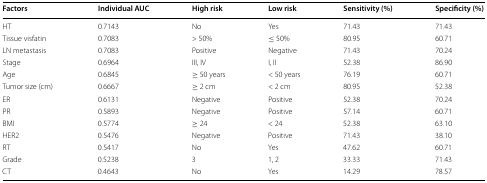
<table><thead><tr><td><b>Factors</b></td><td><b>Individual AUC</b></td><td><b>High risk</b></td><td><b>Low risk</b></td><td><b>Sensitivity (%)</b></td><td><b>Specificity (%)</b></td></tr></thead><tbody><tr><td>HT</td><td>0.7143</td><td>No</td><td>Yes</td><td>71.43</td><td>71.43</td></tr><tr><td>Tissue visfatin</td><td>0.7083</td><td>&gt; 50%</td><td>≤ 50%</td><td>80.95</td><td>60.71</td></tr><tr><td>LN metastasis</td><td>0.7083</td><td>Positive</td><td>Negative</td><td>71.43</td><td>70.24</td></tr><tr><td>Stage</td><td>0.6964</td><td>III, IV</td><td>I, II</td><td>52.38</td><td>86.90</td></tr><tr><td>Age</td><td>0.6845</td><td>≥ 50 years</td><td>&lt; 50 years</td><td>76.19</td><td>60.71</td></tr><tr><td>Tumor size (cm)</td><td>0.6667</td><td>≥ 2 cm</td><td>&lt; 2 cm</td><td>80.95</td><td>52.38</td></tr><tr><td>ER</td><td>0.6131</td><td>Negative</td><td>Positive</td><td>52.38</td><td>70.24</td></tr><tr><td>PR</td><td>0.5893</td><td>Negative</td><td>Positive</td><td>57.14</td><td>60.71</td></tr><tr><td>BMI</td><td>0.5774</td><td>≥ 24</td><td>&lt; 24</td><td>52.38</td><td>63.10</td></tr><tr><td>HER2</td><td>0.5476</td><td>Negative</td><td>Positive</td><td>71.43</td><td>38.10</td></tr><tr><td>RT</td><td>0.5417</td><td>No</td><td>Yes</td><td>47.62</td><td>60.71</td></tr><tr><td>Grade</td><td>0.5238</td><td>3</td><td>1, 2</td><td>33.33</td><td>71.43</td></tr><tr><td>CT</td><td>0.4643</td><td>No</td><td>Yes</td><td>14.29</td><td>78.57</td></tr></tbody></table>